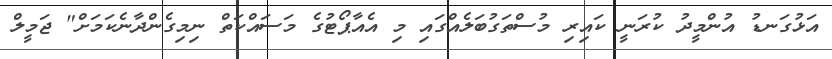
އަޅުގަނޑު އުންމީދު ކުރަނީ ކައިރި މުސްތަގުބަލެއްގައި މި އެއާޕޯޓުގެ މަސައްކަތް ނިމިގެންދާނެކަމަށް" ޖަމީލް